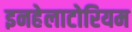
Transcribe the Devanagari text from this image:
इनहेलाटोरियम